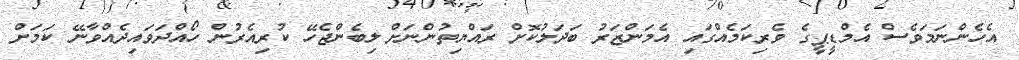
އެހެންނަމަވެސް އެމްޑީޕީގެ ވެރިކަމެއްގައި އެމަންޒަރު ބަދަލުކޮށް ރައްޔިތުންނަށް ލިބެންޖެހޭ ކުރިއެރުން ހޯއްދަވައިދެއްވާނޭ ކަމަށް